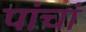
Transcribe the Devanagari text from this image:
पांचां